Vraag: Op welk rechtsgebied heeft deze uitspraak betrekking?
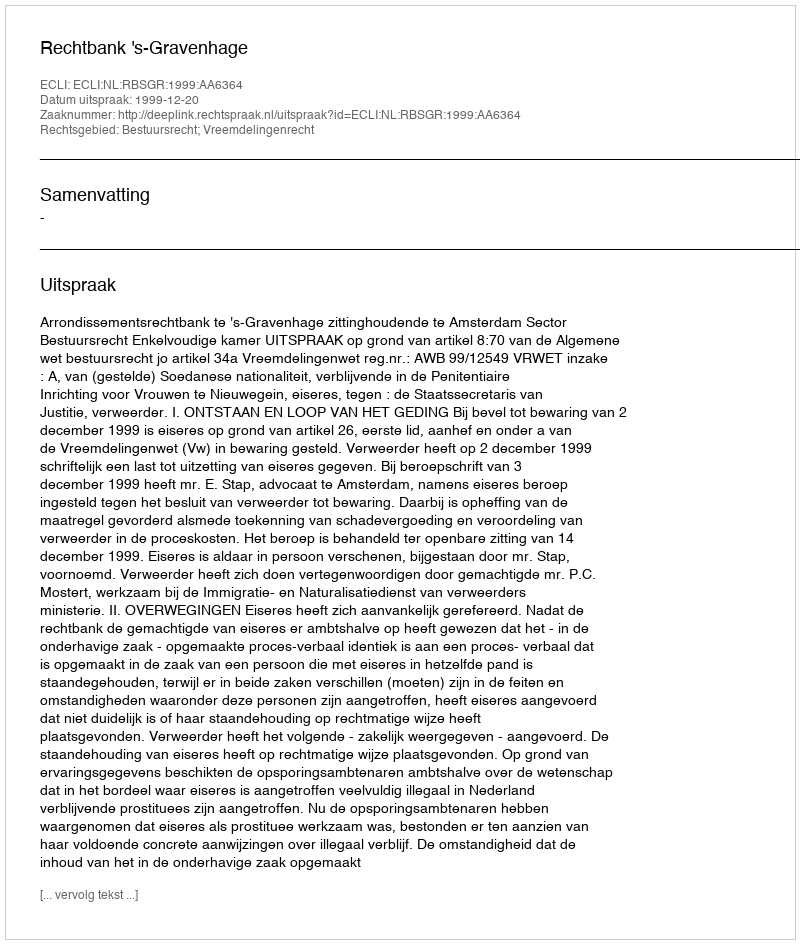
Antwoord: Bestuursrecht; Vreemdelingenrecht